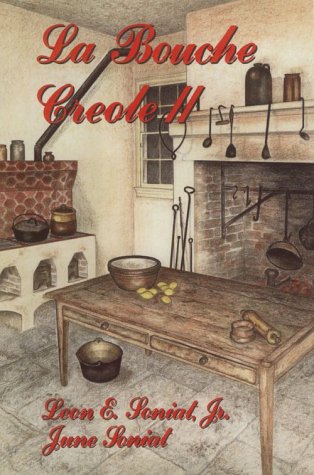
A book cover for La Bouche Creole II; Leon E. Soniat Jr; Cookbooks, Food & Wine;